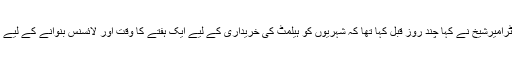
پولیس کے اے آئی جی ڈاکٹرامیرشیخ نے کہا چند روز قبل کہا تھا کہ شہریوں کو ہیلمٹ کی خریداری کے لیے ایک ہفتے کا وقت اور لائسنس بنوانے کے لیے ایک ماہ کا وقت دیتے ہیں۔